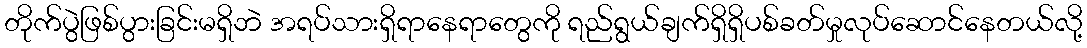
တိုက်ပွဲဖြစ်ပွားခြင်းမရှိဘဲ အရပ်သားရှိရာနေရာတွေကို ရည်ရွယ်ချက်ရှိရှိပစ်ခတ်မှုလုပ်ဆောင်နေတယ်လို့